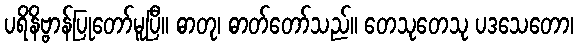
ပရိနိဗ္ဗာန်ပြုတော်မူပြီ။ ဓာတု၊ ဓာတ်တော်သည်။ တေသုတေသု ပဒသေတော၊